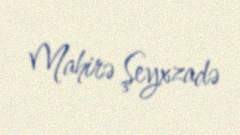
Mahirə Şeyxzadə